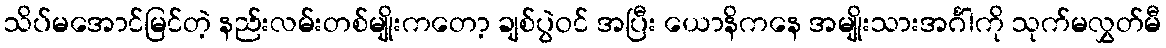
သိပ်မအောင်မြင်တဲ့ နည်းလမ်းတစ်မျိုးကတော့ ချစ်ပွဲဝင် အပြီး ယောနိကနေ အမျိုးသားအင်္ဂါကို သုက်မလွှတ်မီ